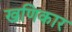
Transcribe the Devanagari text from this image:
खणिकार